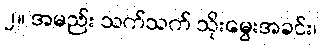
၂။ အမည်း သက်သက် သိုးမွေးအခင်း၊